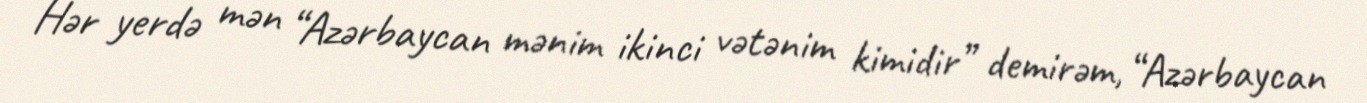
Hər yerdə mən “Azərbaycan mənim ikinci vətənim kimidir” demirəm, “Azərbaycan